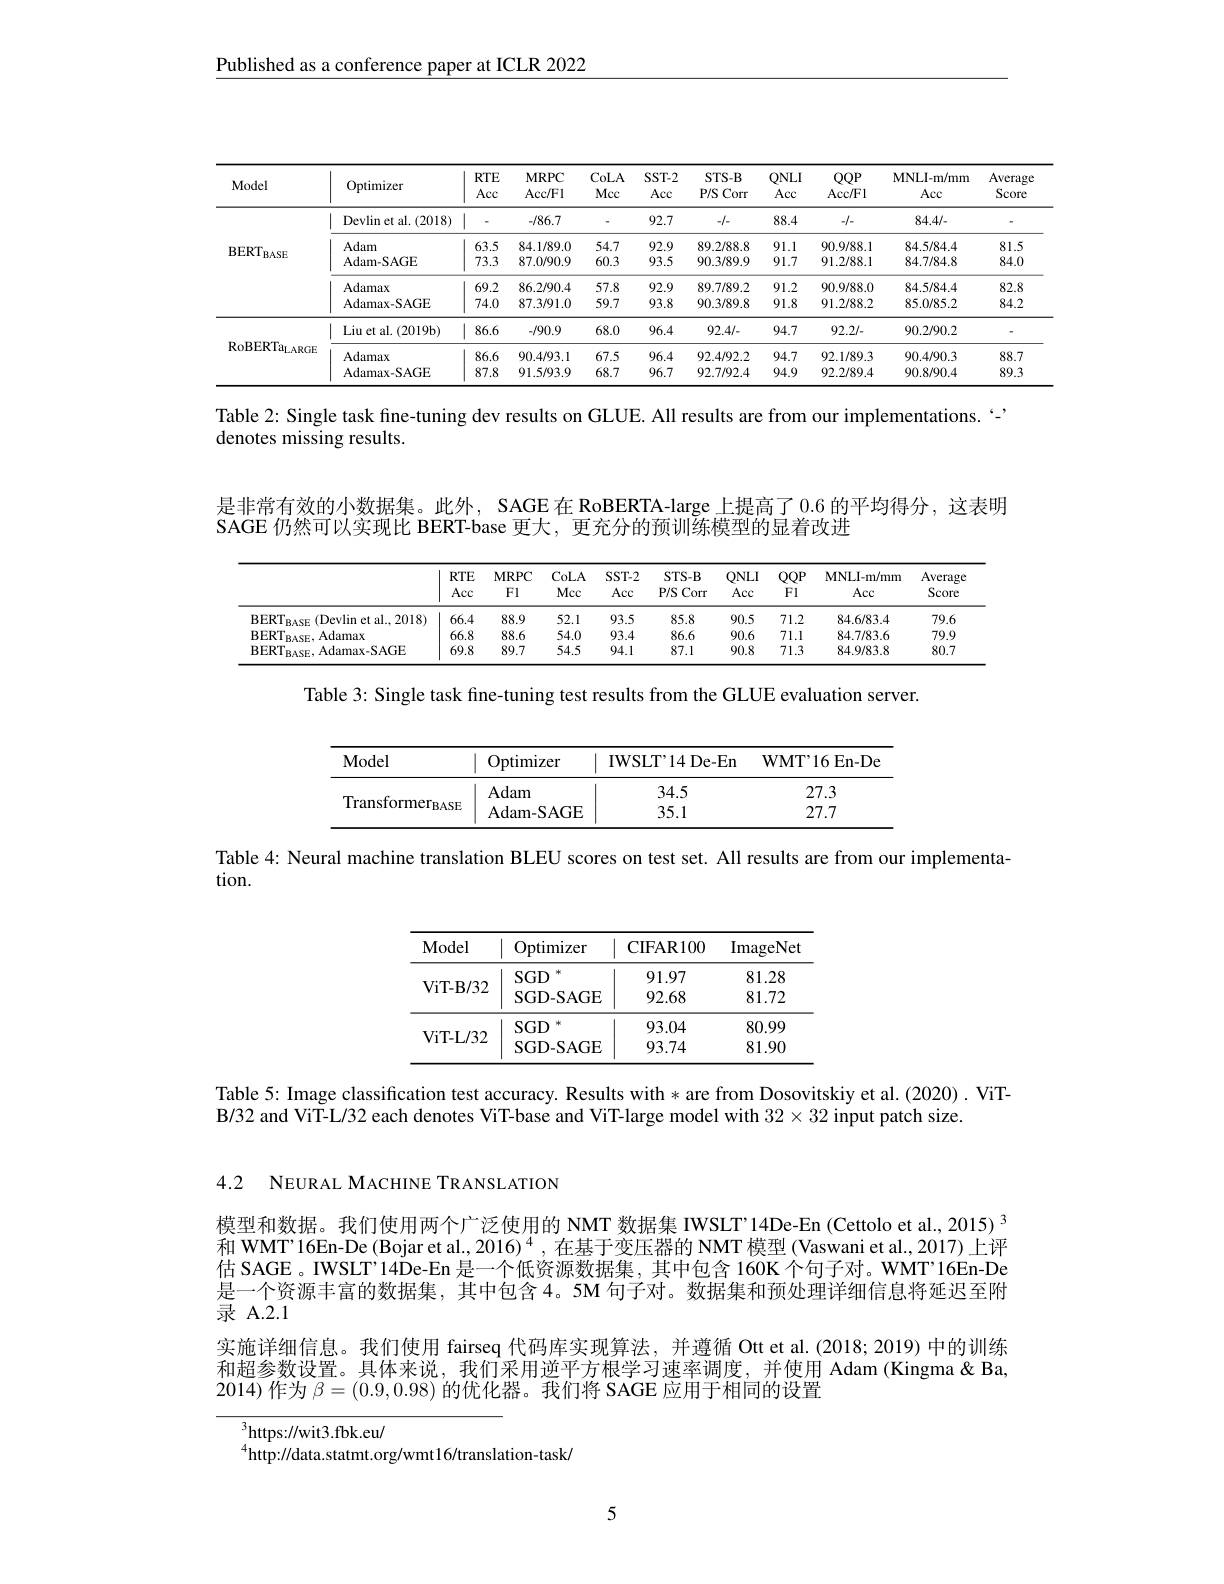
Published as a conference paper at ICLR 2022

<table>
	<tbody>
		<tr>
			<th>Model</th>
			<th>Optimizer</th>
			<th>$RTE$ Acc</th>
			<th>$MRPC$ Acc/ F1</th>
			<th>CoLA Mcc</th>
			<th>$SST-2$ Acc</th>
			<th>$STS-B$ P/S Corr</th>
			<th>$QNLI$ Acc</th>
			<th>$QQP$ Acc/ Fl</th>
			<th>MNLI- m/ mm Acc</th>
			<th>Average Score</th>
		</tr>
		<tr>
			<td rowspan="5">$BERT_{\mathrm{E}}$ $\dot{BASE}$</td>
			<td>Devlin et al. (2018)</td>
			<td>1</td>
			<td>-/86.7</td>
			<td> </td>
			<td>92.7</td>
			<td>-1-</td>
			<td>88.4</td>
			<td>-1-1.</td>
			<td>84.4/-</td>
			<td> </td>
		</tr>
		<tr>
			<td>Adam</td>
			<td>63.5</td>
			<td>84.1/89.0</td>
			<td>54.7</td>
			<td>92.9</td>
			<td>89.2/88.8</td>
			<td>91.1</td>
			<td>90.9/88.1</td>
			<td>84.5/84.4</td>
			<td>81.5</td>
		</tr>
		<tr>
			<td>Adam-SAGE</td>
			<td>73.3</td>
			<td>87.0/90.9</td>
			<td>60.3</td>
			<td>93.5</td>
			<td>90.3/89.9</td>
			<td>91.7</td>
			<td>91.2/88.1</td>
			<td>84.7/84.8</td>
			<td>84.0</td>
		</tr>
		<tr>
			<td>Adamax</td>
			<td>69.2</td>
			<td>86.2/90.4</td>
			<td>57.8</td>
			<td>92.9</td>
			<td>89.7/89.2</td>
			<td>91.2</td>
			<td>90.9/88.0</td>
			<td>84.5/84.4</td>
			<td>82.8</td>
		</tr>
		<tr>
			<td>Adamax-SAGE</td>
			<td>74.0</td>
			<td>87.3/91.0</td>
			<td>59.7</td>
			<td>93.8</td>
			<td>90.3/89.8</td>
			<td>91.8</td>
			<td>91.2/88.2</td>
			<td>85.0/85.2</td>
			<td>84.2</td>
		</tr>
		<tr>
			<td rowspan="3">$\mathrm{RoBERTa}_{\mathrm{LARGE}}$</td>
			<td>Liu et al. ( 2019b) </td>
			<td>86.6</td>
			<td>-/90.9</td>
			<td>68.0</td>
			<td>96.4</td>
			<td>92.4/-</td>
			<td>94.7</td>
			<td>92.2/.</td>
			<td>90.2/90.2</td>
			<td> </td>
		</tr>
		<tr>
			<td>Adamax</td>
			<td>86.6</td>
			<td>90.4/93.1</td>
			<td>67.5</td>
			<td>96.4</td>
			<td>92.4/92.2</td>
			<td>94.7</td>
			<td>92.1/89.3</td>
			<td>90.4/90.3</td>
			<td>88.7</td>
		</tr>
		<tr>
			<td>Adamax-SAGE</td>
			<td>87.8</td>
			<td>91.5/93.9</td>
			<td>68.7</td>
			<td>96.7</td>
			<td>92.7/92.4</td>
			<td>94.9</td>
			<td>92.2/89.4</td>
			<td>90.8/90.4</td>
			<td>89.3</td>
		</tr>
	</tbody>
</table>

Table 2: Single task fine-tuning dev results on GLUE. All results are from our implementations.``
denotes missing results.

是非常有效的小数据集。此外，SAGE 在 RoBERTA-large 上提高了 0.6 的平均得分，这表明

SAGE 仍然可以实现比 BERT-base 更大，更充分的预训练模型的显着改进

<table>
	<tbody>
		<tr>
			<th> </th>
			<th>$RTE$ Acc</th>
			<th>$MRPC$ Fl</th>
			<th>CoLA Mcc</th>
			<th>$SST-2$ Acc</th>
			<th>$STS-B$ P/S Corr</th>
			<th>$QNLI$ Acc</th>
			<th>$QQP$ FI</th>
			<th>MNLI- m/ mm Acc</th>
			<th>Averagc Score</th>
		</tr>
		<tr>
			<td>$BERT_{BASE}$ $F($Devlin et al..2018)</td>
			<td>66.4</td>
			<td>88.9</td>
			<td>52.1</td>
			<td>93.5</td>
			<td>85.8</td>
			<td>90.5</td>
			<td>71.2</td>
			<td>84.6/83.4</td>
			<td>79.6</td>
		</tr>
		<tr>
			<td>$\mathrm{BERT}_{\mathrm{BASE}}$,Adamax</td>
			<td>66.8</td>
			<td>88.6</td>
			<td>54.0</td>
			<td>93.4</td>
			<td>86.6</td>
			<td>90.6</td>
			<td>71.1</td>
			<td>84.7/83.6</td>
			<td>79.9</td>
		</tr>
		<tr>
			<td>$\mathrm{BERT}_{\mathrm{BASE}}$,Adamax-SAGE</td>
			<td>69.8</td>
			<td>89.7</td>
			<td>54.5</td>
			<td>94.1</td>
			<td>87.1</td>
			<td>90.8</td>
			<td>71.3</td>
			<td>84.9/83.8</td>
			<td>80.7</td>
		</tr>
	</tbody>
</table>

Table 3: Single task fine-tuning test results from the GLUE evaluation server.

<table>
	<tbody>
		<tr>
			<th>Model</th>
			<th>Optimizer</th>
			<th>IWSLT'14De-En</th>
			<th>WMT'16 En-De</th>
		</tr>
		<tr>
			<td rowspan="2">Transformer$_\mathrm{BASE}$</td>
			<td>Adam</td>
			<td>34.5</td>
			<td>27.3</td>
		</tr>
		<tr>
			<td>Adam- SAGE</td>
			<td>35.1</td>
			<td>27.7</td>
		</tr>
	</tbody>
</table>

Table 4: Neural machine translation BLEU scores on test set. All results are from our implementa-

tion.

<table>
	<tbody>
		<tr>
			<th>Model</th>
			<th>Optimizer</th>
			<th>${\mathrm{CIFAR100}}$</th>
			<th>ImageNet</th>
		</tr>
		<tr>
			<td rowspan="2">ViT- B/ 32</td>
			<td>$SGD$</td>
			<td>91.97</td>
			<td>81.28</td>
		</tr>
		<tr>
			<td>SGD- SAGE</td>
			<td>92.68</td>
			<td>81.72</td>
		</tr>
		<tr>
			<td rowspan="2">ViT- L/ 32</td>
			<td>$SGD$</td>
			<td>93.04</td>
			<td>80.99</td>
		</tr>
		<tr>
			<td>SGD- SAGE</td>
			<td>93.74</td>
			<td>81.90</td>
		</tr>
	</tbody>
</table>

Table 5: Image classification test accuracy. Results with * are from Dosovitskiy et al.(2020) . ViT-
B/32 and ViT-L/32 each denotes ViT-base and ViT-large model with $32\times32$ input patch size.

4.2 NEURAL MACHINE TRANSLATION

模型和数据。我们使用两个广泛使用的 NMT 数据集 IWSLT’14De-En (Cettolo et al., 2015) 3和 WMT'16En-De (Bojar et al.,2016)$^4$ ,在基于变压器的 NMT 模型 (Vaswani et al., 2017)上评估 SAGE 。IWSLT'14De-En 是一个低资源数据集，其中包含 160K 个句子对。WMT’16En-De 是一个资源丰富的数据集，其中包含 4。5M 句子对。数据集和预处理详细信息将延迟至附录 A.2.1
实施详细信息。我们使用 fairseq 代码库实现算法，并遵循 Ott et al.(2018; 2019) 中的训练和超参数设置。具体来说，我们采用逆平方根学习速率调度，并使用 Adam (Kingma&Ba, 2014)作为$\beta=(0.9,0.98)$的优化器。我们将 SAGE 应用于相同的设置

$^{3}$https://wit3.fbk.eu/
$^{4}$http://data.statmt.org/wmt16/translation-task/

5